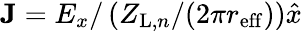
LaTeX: \mathbf{J}=E_{x}/\left(Z_{\mathrm{L},n}/(2\pi r_{\mathrm{eff}})\right)\hat{x}